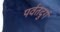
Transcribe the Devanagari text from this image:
पर्वतदुर्ग